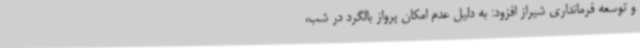
و توسعه فرمانداری شیراز افزود: به دلیل عدم امکان پرواز بالگرد در شب،